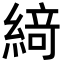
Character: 𦂶